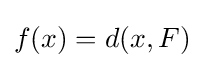
f(x)=d(x,F)